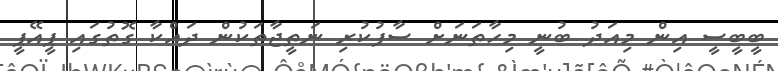
ބީބީސީ އިން މިއަދު ބުނީ މިހާތަނަށް ސާފުކުރި ނަތީޖާތަކުން ދައްކާ ގޮތުގައި ޕީއޭޕީ